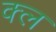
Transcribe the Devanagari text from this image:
क्ल